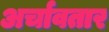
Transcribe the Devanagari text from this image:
अर्चावतार